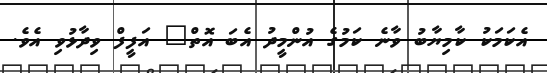
އެކަމަކު ކާމިޔާބު ވާނެ ކަމުގެ އުންމީދު އެބަ އޮތް" އަފީފް ވިދާޅުވި އެވެ.